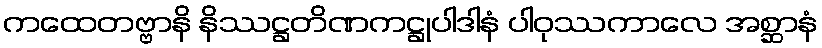
ကထေတဗ္ဗာနိ နိဿဋ္ဌတိဏကဋ္ဌုပါဒါနံ ပါဝုဿကာလေ အစ္ဆာနံ